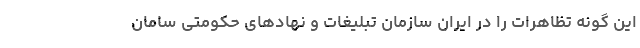
این گونه تظاهرات را در ایران سازمان تبلیغات و نهادهای حکومتی سامان